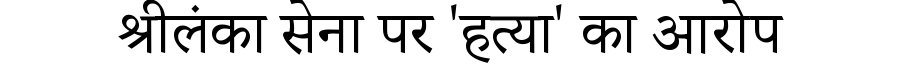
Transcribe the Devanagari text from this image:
श्रीलंका सेना पर 'हत्या' का आरोप